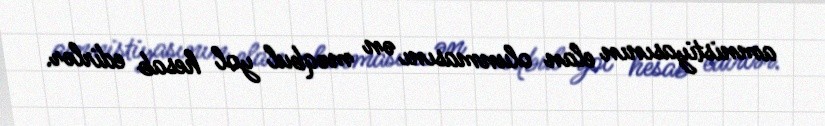
amnistiyasının elan olunmasını ən məqbul yol hesab edirlər.